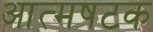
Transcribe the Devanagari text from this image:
आत्मषटक